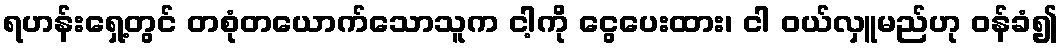
ရဟန်းရှေ့တွင် တစုံတယောက်သောသူက ငါ့ကို ငွေပေးထား၊ ငါ ဝယ်လှူမည်ဟု ဝန်ခံ၍